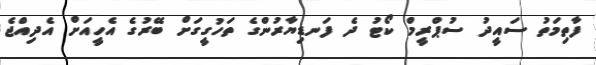
ފާތިމަތު ސައީދު ސުޕްރީމް ކޯޓު ދެ ފަނޑިޔާރުންގެ ތަހުގީގަށް ބޭރުގެ އެހީއަށް އެދިއްޖެ